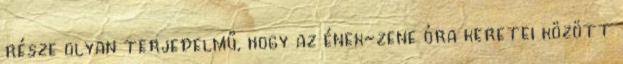
része olyan terjedelmű, hogy az ének-zene óra keretei között